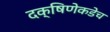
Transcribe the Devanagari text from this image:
दक्षिणेकडेच